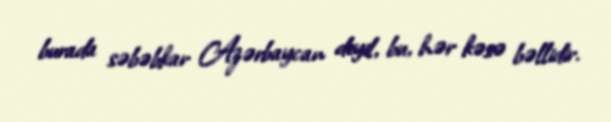
burada səbəbkar Azərbaycan deyil, bu, hər kəsə bəllidir.